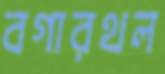
বগারথল